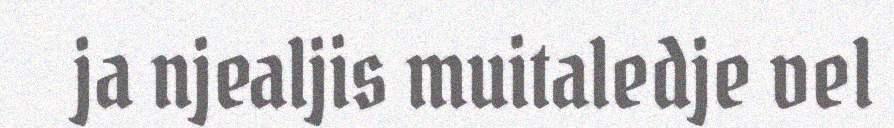
ja njealjis muitaledje vel